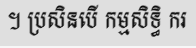
។ ប្រសិនបើ កម្មសិទ្ធិ ករ